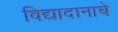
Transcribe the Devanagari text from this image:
विद्यादानाचे